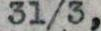
31/3,